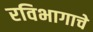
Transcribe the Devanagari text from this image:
रविभागाचे